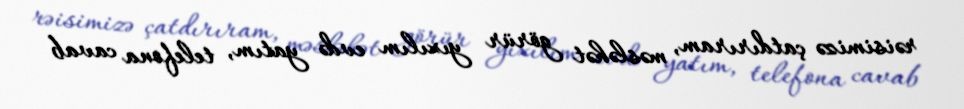
rəisimizə çatdırıram, məsləhət görür yıxılım evdə yatım, telefona cavab